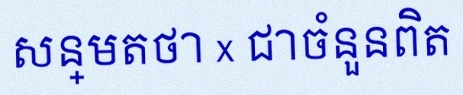
សន្មតថា x ជាចំនួនពិត